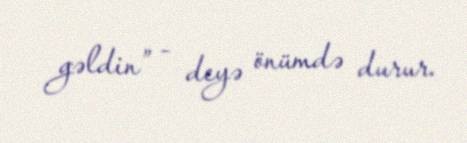
gəldin” - deyə önümdə durur.